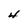
Character: 4